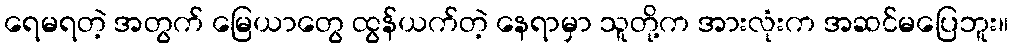
ရေမရတဲ့ အတွက် မြေယာတွေ ထွန်ယက်တဲ့ နေရာမှာ သူတို့က အားလုံးက အဆင်မပြေဘူး။